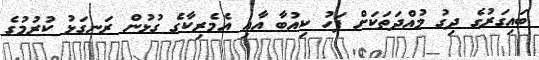
ބައިގަރުގެ ދިގު މުއްދަތަކަށް ފަހު ކިއުބާ އާއި އެމެރިކާގެ ގުޅުން ރަނގަޅު ކުރުމުގެ